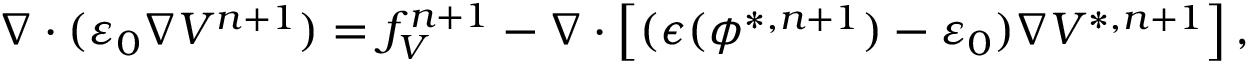
\begin{array} { r l } { \small } & { { } \nabla \cdot ( \varepsilon _ { 0 } \nabla V ^ { n + 1 } ) = f _ { V } ^ { n + 1 } - \nabla \cdot \left[ ( \epsilon ( \phi ^ { * , n + 1 } ) - \varepsilon _ { 0 } ) \nabla V ^ { * , n + 1 } \right] , } \end{array}